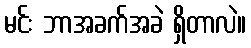
မင်း ဘာအခက်အခဲ ရှိတာလဲ။